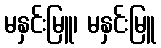
မနှင်းမြူ၊ မနှင်းမြူ